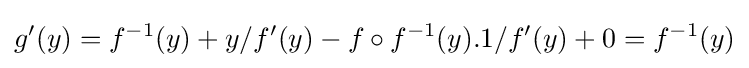
g'(y)=f^{-1}(y)+y/f'(y)-f\circ f^{-1}(y).1/f'(y)+0=f^{-1}(y)